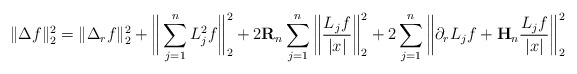
\begin{align*} \|\Delta f\|_{2}^2 = \|\Delta_r f \|_{2}^2 + \bigg\| \sum_{j=1}^n L_j^2f \bigg\|_{2}^2 + 2\mathbf{R}_{n} \sum_{j=1}^n \bigg\| \frac{L_jf}{|x|} \bigg\|_{2}^2 + 2\sum_{j=1}^n \bigg\| \partial_r L_jf + \mathbf{H}_n\frac{L_jf}{|x|} \bigg\|_{2}^2\end{align*}